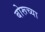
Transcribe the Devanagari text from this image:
बोरूच्या